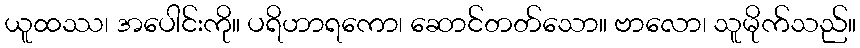
ယူထဿ၊ အပေါင်းကို။ ပရိဟာရကော၊ ဆောင်တတ်သော။ ဗာလော၊ သူမိုက်သည်။